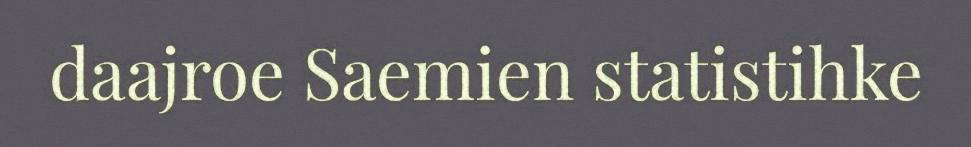
daajroe Saemien statistihke